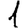
Digit: 1